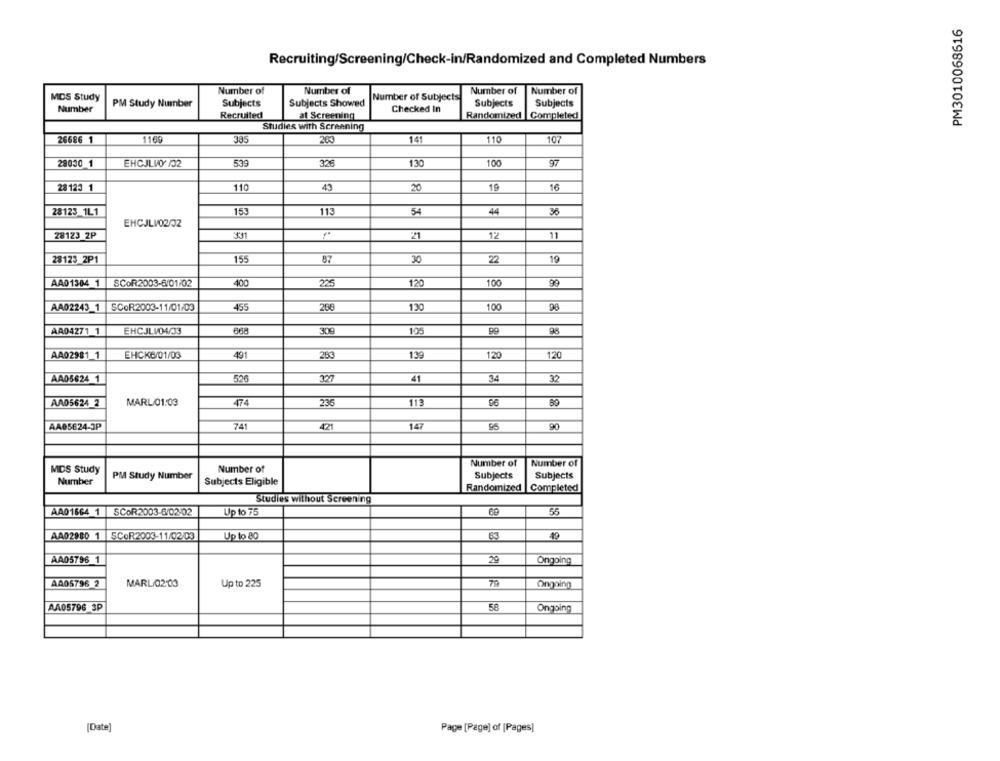
PM3010068616
Recruiting/Screening/Check-in/Randomized and Completed Numbers
Number of
Number of
Number of
Number of
MCS Study
Number of Subjects
PM Study Number
Subjects
Subjects Showed
Subjects
Subjects
Number
Recruited
at Screening
Checked In
Randomized Completed
Studies with Screening
26686 1
1169
385
203
141
110
10:
51
28030 1
EHCJLVO /02
325
130
100
97
28 123 1
110
43
20
19
16
28123 1L1
153
113
54
44
36
EHCJLV/02/02
28123 2P
331
21
12
11
28123 2P1
155
87
30
19
22
AA01304 1
SCOR2003-6/01/02
100
99
400
225
120
AA02243_1
SCOR2003-11/01/09
45
130
100
98
AA04271 1
EHCJLV04/33
30€
105
98
AA02981 1
EHCK6/01/03
491
283
139
120
120
AA05624 1
526
327
41
34
32
AA05624 2
MARL/01:03
474
235
113
96
80
AA05624-3P
74
421
147
90
Number of
Number of
MDS Study
Number of
PM Study Number
Subjects
Subjects
Number
Subjects Eligible
Randomized
Completed
Studies without Screening
AA01664 1 SCOR2003-6/02-02
Up to 75
55
AA02980 1
SCOR2003-11/02/03
Up to 80
63
49
AA05796 1
29
Ongoing
AA05796 2
MARL/02:03
Up to 225
79
Ongoing
AA05796 3P
58
Ongoing
[Date]
Page [Page] of [Pages]